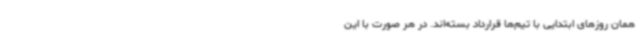
همان روزهای ابتدایی با تیم‌ها قرارداد بسته‌اند. در هر صورت با این